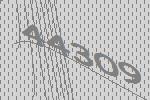
44309